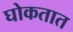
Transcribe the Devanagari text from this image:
घोकतात